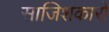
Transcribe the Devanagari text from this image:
साजिशकारों